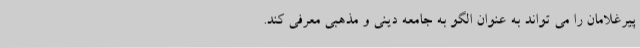
پیرغلامان را می تواند به عنوان الگو به جامعه دینی و مذهبی معرفی کند.